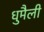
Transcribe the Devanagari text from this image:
धुमैली